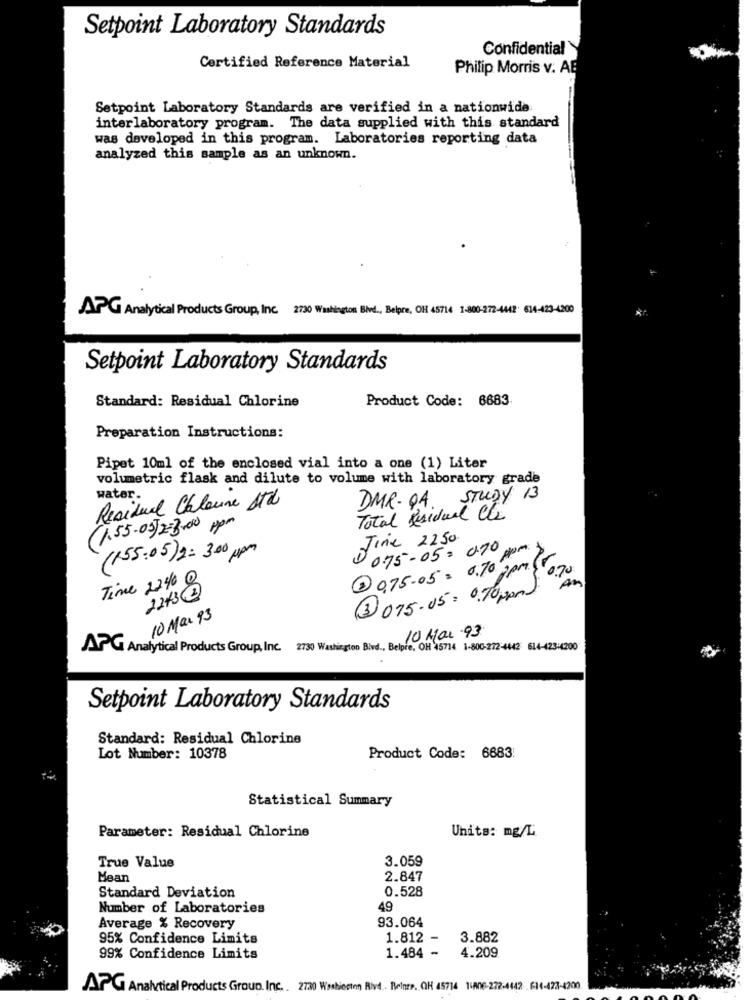
Setpoint Laboratory Standards
Confidential
Certified Reference Material
Philip Morris v. AB
Setpoint Laboratory Standards are verified in a nationwide
interlaboratory program. The data supplied with this standard
was developed in this program. Laboratories reporting data
analyzed this sample as an unknown.
APG Analytical Products Group, Inc. 2730 Washington Blvd ., Belpre, OH 45714 1-800-272-4442 604-123-4200
Setpoint Laboratory Standards
Product Code: 6683
Standard: Residual Chlorine
Preparation Instructions:
Pipet 10ml of the enclosed vial into a one (1) Liter
volumetric flask and dilute to volume with laboratory grade
water.
DMR- QA STUDY 13
Residual Chlaune Std
Total Residual Cts
(1.55-03/2=3.00 ppm
Jine 2250.
(155:05) 2 : 300 ppm
0 075-05=070
@0,75.05 = 0,70 por
2pm.
070
Time 224 Q
An
2243@
(3 075-05 : 0.70 por.
10 Max 93
10 Mai 93
APG Analytical Products Group, Inc. 2730 Washington Blvd ., Belpre, OH 15714 1-800-272-4442 614-423-4200
Setpoint Laboratory Standards
Standard: Residual Chlorine
Lot Number: 10378
Product Code: 6683:
Statistical Summary
Parameter: Residual Chlorine
Units: mg/L
3.059
True Value
Mean
2.847
Standard Deviation
0.528
Number of Laboratories
49
93.064
Average % Recovery
95% Confidence Limits
1.812 -
3.882
1.484 -
99% Confidence Limits
4.209
APG Analytical Products Group, Inc. . 27230 Washierten Rive .. Belnre. OH 45714 14406-272-4442- 614-423-4200.